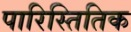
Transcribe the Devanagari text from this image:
पारिस्तितिक